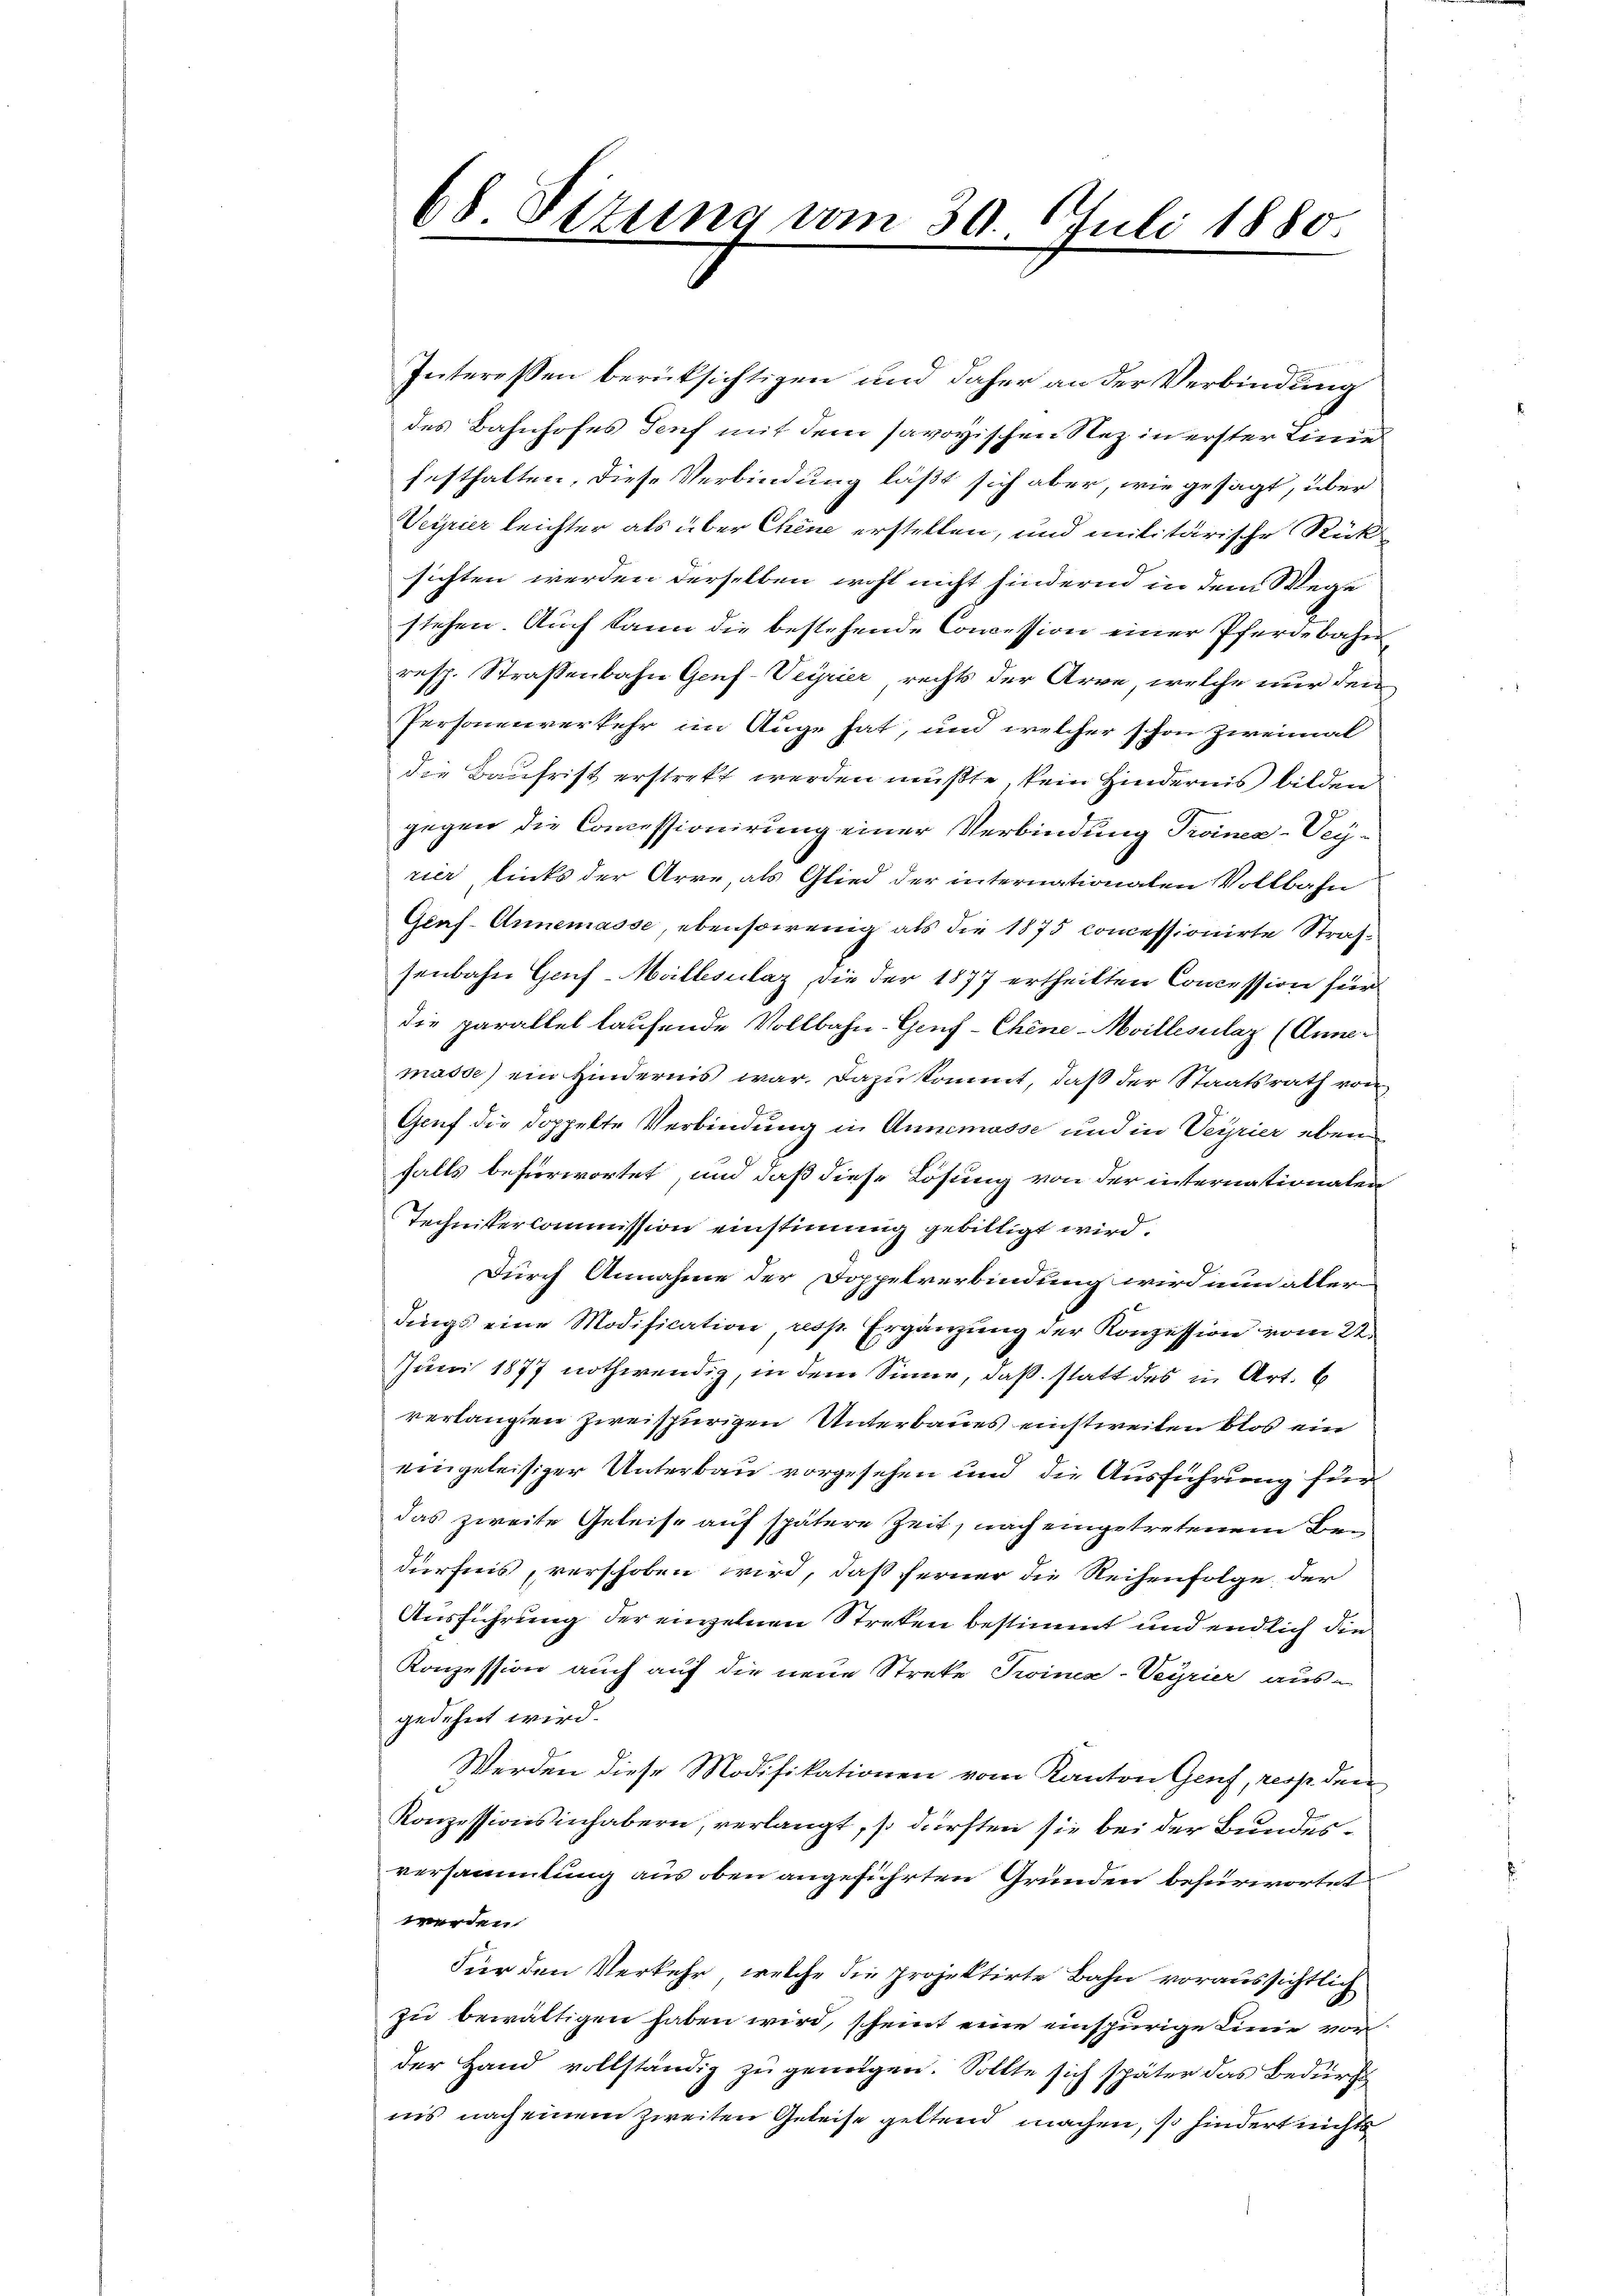
68. Situng vom 30. Juli 1880

Interessen berücksichtigen und daher an der Verbindung
des Bahnhofes Genf mit dem savoyischen Stez in erster Linie
festhalten, diese Verbindung läßt sich aber, wie gesagt, über
Veyrier leichter als über Chene erstellen, und militärische Rück
sichten werden derselben wohl nicht hindernd in dem Wege
stehen. Auch kann die bestehende Concession einer Pferdebahn¬
resp. Strassenbahn Genf-Veyrier rechts der Arve, welche nur den
Personenverkehr im Auge hat, und welcher schon zweimal
die Baufrist erstrekt werden mußte, kein Hindernis bilden
gegen die Concessionirung einer Verbindung Troinea-Vey-
rier links der Arre, als Glied der internationalen Vollbahn
Genf. Annemasse, ebensowenig als die 1875 concessionirte Strafsenbahn Genf-Mallesalaz, die der 1877 ertheilten Concession für
die parallel laufende Vollbahn-Genf-Chine-Mvillesclaz (Annemasse) ein Hindernis war. Dazu kommt, daß der Staatsrath von
Genf die doppelte Verbindung in Annemasse und in Verrier ebenfalls befürwortet, und daß diese Lösung von der internationalen
Technittercommission einstimmig gebilligt wird.
Durch Annahme der Doppelverbindung wird nun aller
dings eine Modification resp. Ergänzung der Konzession vom 22.
Juni 1877 nothwendig, in dem Sinne, daß statt des in Art. 6
verlangten zweispurigen Unterbaues einstweilen blos ein
eingeleisiger Unterbau vorgesehen und die Ausführung für
das zweite Geleise auf spätere Zeit, nach eingetretenem Bei
dürfnis, verschoben wird, daß ferner die Reihenfolge der
Ausführung der einzelnen Streken bestimmt und endlich die
Konzession auch auf die neue Streke Troinex-Veyrier ausgedehnt wird.
Werden diese Modifikationen vom Kanton Genf, resp. den
Konzessionsinhabern, verlangt, so dürften sie bei der Bundesversammlung aus oben angeführten Gründen befürwortet
werden.
Für den Verkehr, welche die projektirte Bahn voraussichtlich
zu bewältigen haben wird, scheint eine einspurige Linie vorder Hand vollständig zu genügen. Sollte sich später das Bedürf
iis nach einem zweiten Geleise geltend machen, so hindert nichts